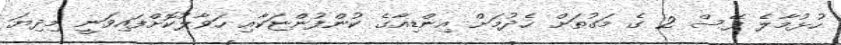
ހުޅުމާލެ ފޭސް 2 ގެ މަގުތަށް ހެދުމަށް އިންޑިއާގެ ކުންފުންޏަކާއި ހަވާލުކޮށްފައިވަނީ މިދިޔަ